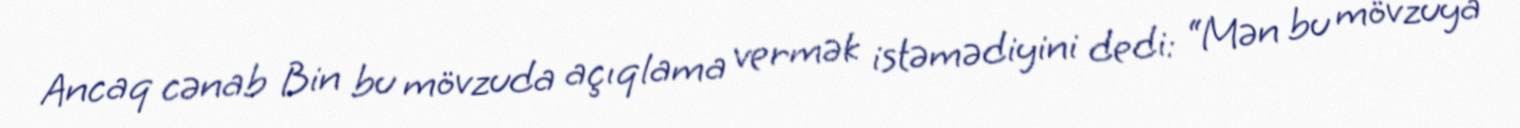
Ancaq cənab Bin bu mövzuda açıqlama vermək istəmədiyini dedi: “Mən bu mövzuya